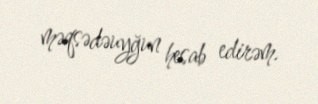
məqsədəuyğun hesab edirəm.